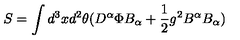
S = \int d ^ { 3 } x d ^ { 2 } \theta ( D ^ { \alpha } \Phi B _ { \alpha } + \frac 1 2 g ^ { 2 } B ^ { \alpha } B _ { \alpha } )